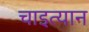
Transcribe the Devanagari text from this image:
चाइत्यान